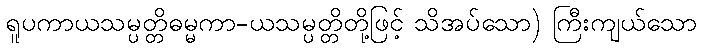
ရူပကာယသမ္ပတ္တိဓမ္မကာ-ယသမ္ပတ္တိတို့ဖြင့် သိအပ်သော) ကြီးကျယ်သော